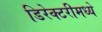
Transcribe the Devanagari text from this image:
डिरेक्टरीमध्ये